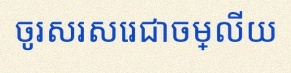
ចូរសរសេរជាចម្លើយ